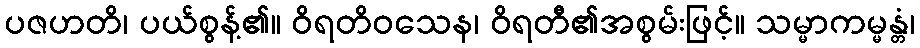
ပဇဟတိ၊ ပယ်စွန့်၏။ ဝိရတိဝသေန၊ ဝိရတီ၏အစွမ်းဖြင့်။ သမ္မာကမ္မန္တံ၊